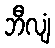
ဘီလျံ